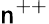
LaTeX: \mathsf{n}^{++}